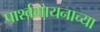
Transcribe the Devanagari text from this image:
पार्श्वगायनाच्या